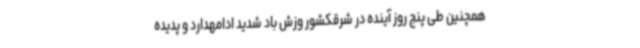
همچنین طی پنج روز آینده در شرقکشور وزش باد شدید ادامهدارد و پدیده